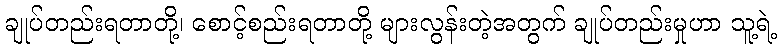
ချုပ်တည်းရတာတို့၊ စောင့်စည်းရတာတို့ များလွန်းတဲ့အတွက် ချုပ်တည်းမှုဟာ သူ့ရဲ့